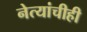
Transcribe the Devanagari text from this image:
नेत्यांचीही